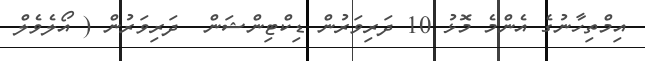
އިމްތިހާނުގެ އެންމެ މޮޅު 10 ދަރިވަރުން ޑިކްޓިންޝަން  ދަރިވަރުން ( އޯލެވެލް